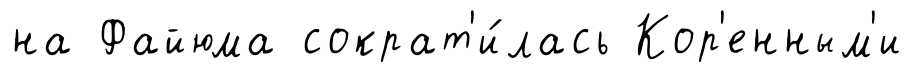
на Файюма сократ'и́лась Кор'енным'и